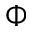
\Phi